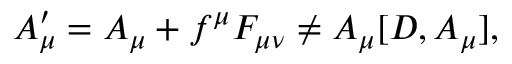
A _ { \mu } ^ { \prime } = A _ { \mu } + f ^ { \mu } F _ { \mu \nu } \not = A _ { \mu } [ D , A _ { \mu } ] ,